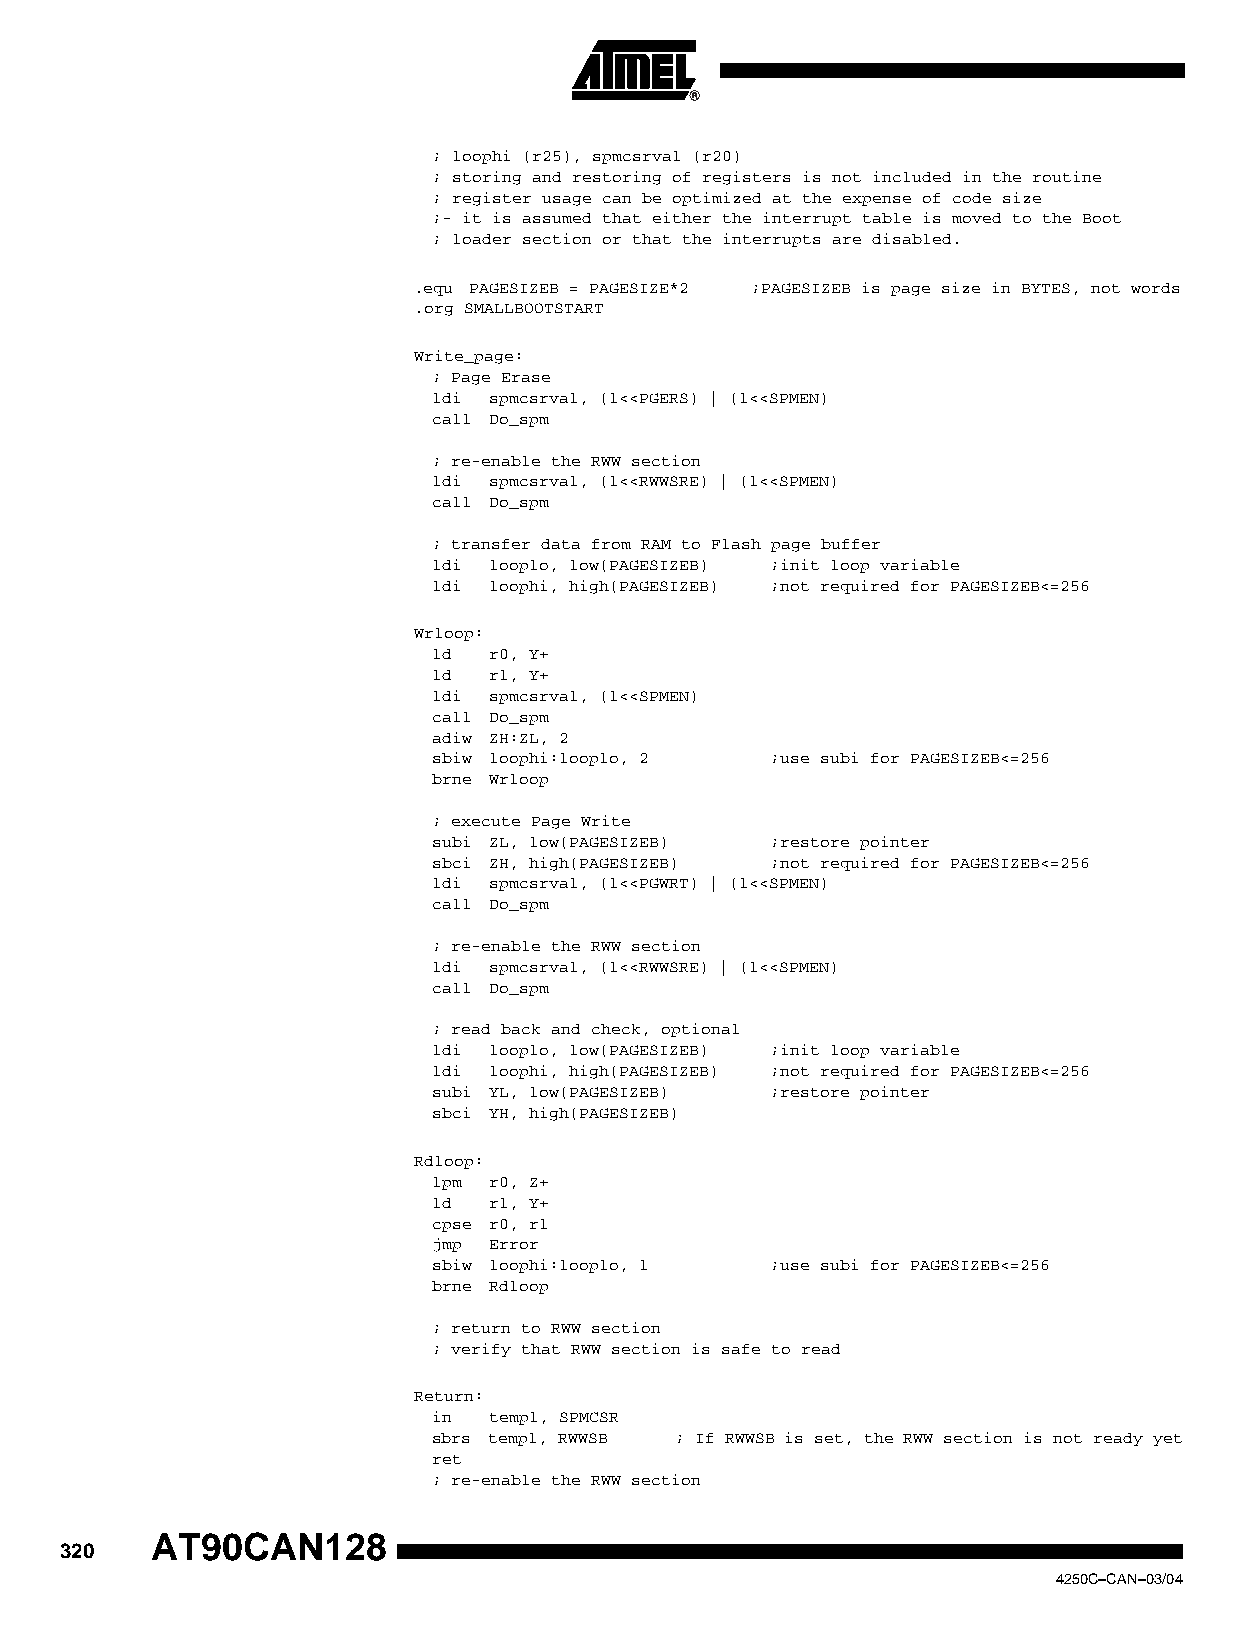
; loophi (r25), spmcsrval (r20)
 ; storing and restoring of registers is not included in the routine
 ; register usage can be optimized at the expense of code size
 ;- it is assumed that either the interrupt table is moved to the Boot
 ; loader section or that the interrupts are disabled.
 .equ PAGESIZEB = PAGESIZE*2 ;PAGESIZEB is page size in BYTES, not words
 .org SMALLBOOTSTART
 Write_page:
 ; Page Erase
 ldi spmcsrval, (1<<PGERS) | (1<<SPMEN)
 call Do_spm
 ; re-enable the RWW section
 ldi spmcsrval, (1<<RWWSRE) | (1<<SPMEN)
 call Do_spm
 ; transfer data from RAM to Flash page buffer
 ldi looplo, low(PAGESIZEB) ;init loop variable
 ldi loophi, high(PAGESIZEB) ;not required for PAGESIZEB<=256
 Wrloop:
 ld r0, Y+
 ld r1, Y+
 ldi spmcsrval, (1<<SPMEN)
 call Do_spm
 adiw ZH:ZL, 2
 sbiw loophi:looplo, 2 ;use subi for PAGESIZEB<=256
 brne Wrloop
 ; execute Page Write
 subi ZL, low(PAGESIZEB) ;restore pointer
 sbci ZH, high(PAGESIZEB) ;not required for PAGESIZEB<=256
 ldi spmcsrval, (1<<PGWRT) | (1<<SPMEN)
 call Do_spm
 ; re-enable the RWW section
 ldi spmcsrval, (1<<RWWSRE) | (1<<SPMEN)
 call Do_spm
 ; read back and check, optional
 ldi looplo, low(PAGESIZEB) ;init loop variable
 ldi loophi, high(PAGESIZEB) ;not required for PAGESIZEB<=256
 subi YL, low(PAGESIZEB) ;restore pointer
 sbci YH, high(PAGESIZEB)
 Rdloop:
 lpm r0, Z+
 ld r1, Y+
 cpse r0, r1
 jmp Error
 sbiw loophi:looplo, 1 ;use subi for PAGESIZEB<=256
 brne Rdloop
 ; return to RWW section
 ; verify that RWW section is safe to read
 Return:
 in temp1, SPMCSR
 sbrs temp1, RWWSB ; If RWWSB is set, the RWW section is not ready yet
 ret
 ; re-enable the RWW section
 AT90CAN128
 320
 4250C–CAN–03/04